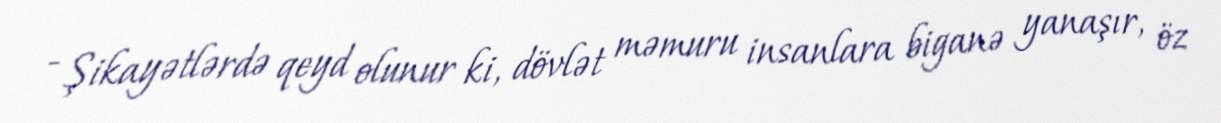
- Şikayətlərdə qeyd olunur ki, dövlət məmuru insanlara biganə yanaşır, öz